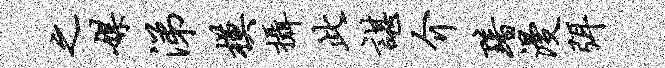
之媒涕模摄此谌介黯漫弭